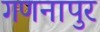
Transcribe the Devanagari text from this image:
गणनापुर